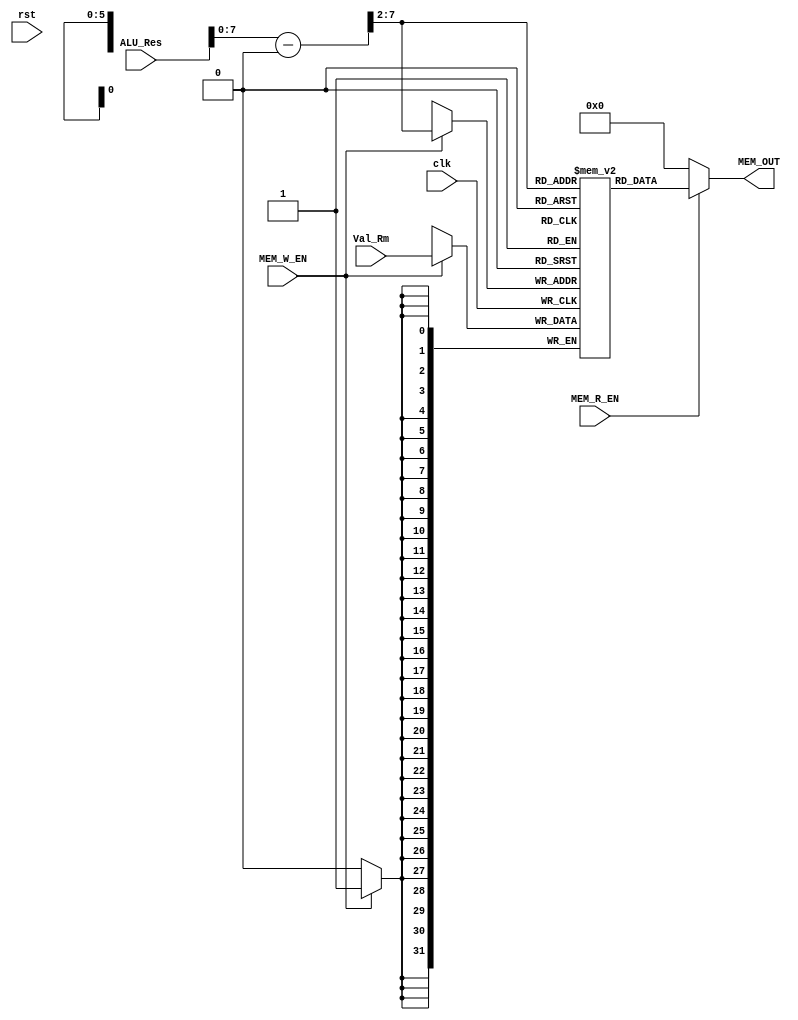
module MA_Stage #(
    parameter DATA_LEN = 32,
    parameter ADDRESS_LEN = 32,
    parameter MEM_ADDRESS_LINE = 64    
) (
    input  wire                      clk, rst,
    input  wire  [DATA_LEN - 1 : 0]  ALU_Res,
    input  wire  [DATA_LEN - 1 : 0]  Val_Rm,
    input  wire                      MEM_W_EN, MEM_R_EN,
    output wire  [DATA_LEN - 1 : 0]  MEM_OUT                      
);

    wire         [ADDRESS_LEN - 1 : 0]  Address;
    reg          [DATA_LEN - 1 : 0]     Memory[0 : MEM_ADDRESS_LINE - 1];

    assign Address = (ALU_Res - 32'd1024) >> 2;

    assign MEM_OUT =  MEM_R_EN? Memory[Address] : 'b0;

    always @(posedge clk) begin
        if(MEM_W_EN) begin
            Memory[Address] <= Val_Rm;
        end
    end

    
endmodule